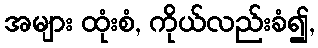
အများ ထုံးစံ, ကိုယ်လည်းခံ၍,